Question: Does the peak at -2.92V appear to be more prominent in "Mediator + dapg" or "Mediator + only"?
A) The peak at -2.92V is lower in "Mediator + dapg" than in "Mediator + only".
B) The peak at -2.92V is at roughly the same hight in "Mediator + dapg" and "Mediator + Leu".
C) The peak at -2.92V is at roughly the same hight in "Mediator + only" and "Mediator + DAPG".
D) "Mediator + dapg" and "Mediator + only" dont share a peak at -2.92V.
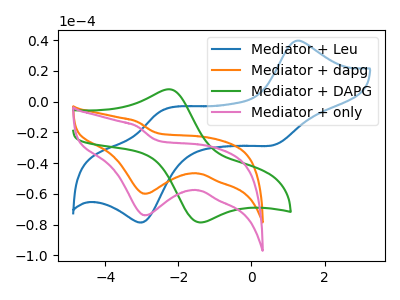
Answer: <think>The blue curve "Mediator + Leu" has anodic peaks at (1.20V, 39.50uA) (-2.45V, -5.80uA) and cathodic peaks at (0.65V, -27.95uA) (-2.95V, -78.15uA). The orange curve "Mediator + dapg" has a cathodic peak at: (-2.90V, -59.90uA). The green curve "Mediator + DAPG" has an anodic peak at (-2.25V, 8.05uA) and a cathodic peak at (-1.40V, -78.60uA). The pink curve "Mediator + only" has a cathodic peak at: (-2.90V, -73.95uA).</think>
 <answer>A) The peak at -2.92V is lower in "Mediator + dapg" than in "Mediator + only".</answer>
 <eval>A</eval>